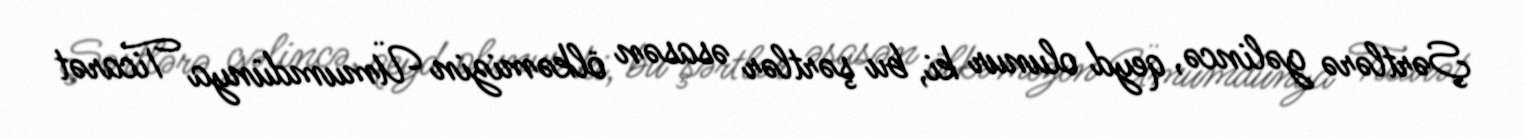
Şərtlərə gəlincə, qeyd olunur ki, bu şərtlər əsasən ölkəmizin Ümumdünya Ticarət